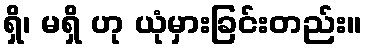
ရှိ၊ မရှိ ဟု ယုံမှားခြင်းတည်း။